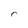
Character: r